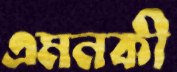
এমনকী